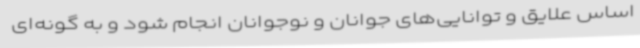
اساس علایق و توانایی‌های جوانان و نوجوانان انجام شود و به گونه‌ای